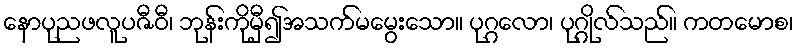
နောပုညဖလူပဇီဝီ၊ ဘုန်းကိုမှီ၍အသက်မမွေးသော။ ပုဂ္ဂလော၊ ပုဂ္ဂိုလ်သည်။ ကတမောစ၊